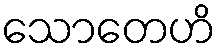
သောတေဟိ